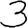
Digit: 3